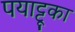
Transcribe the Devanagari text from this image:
पयाट्टूका